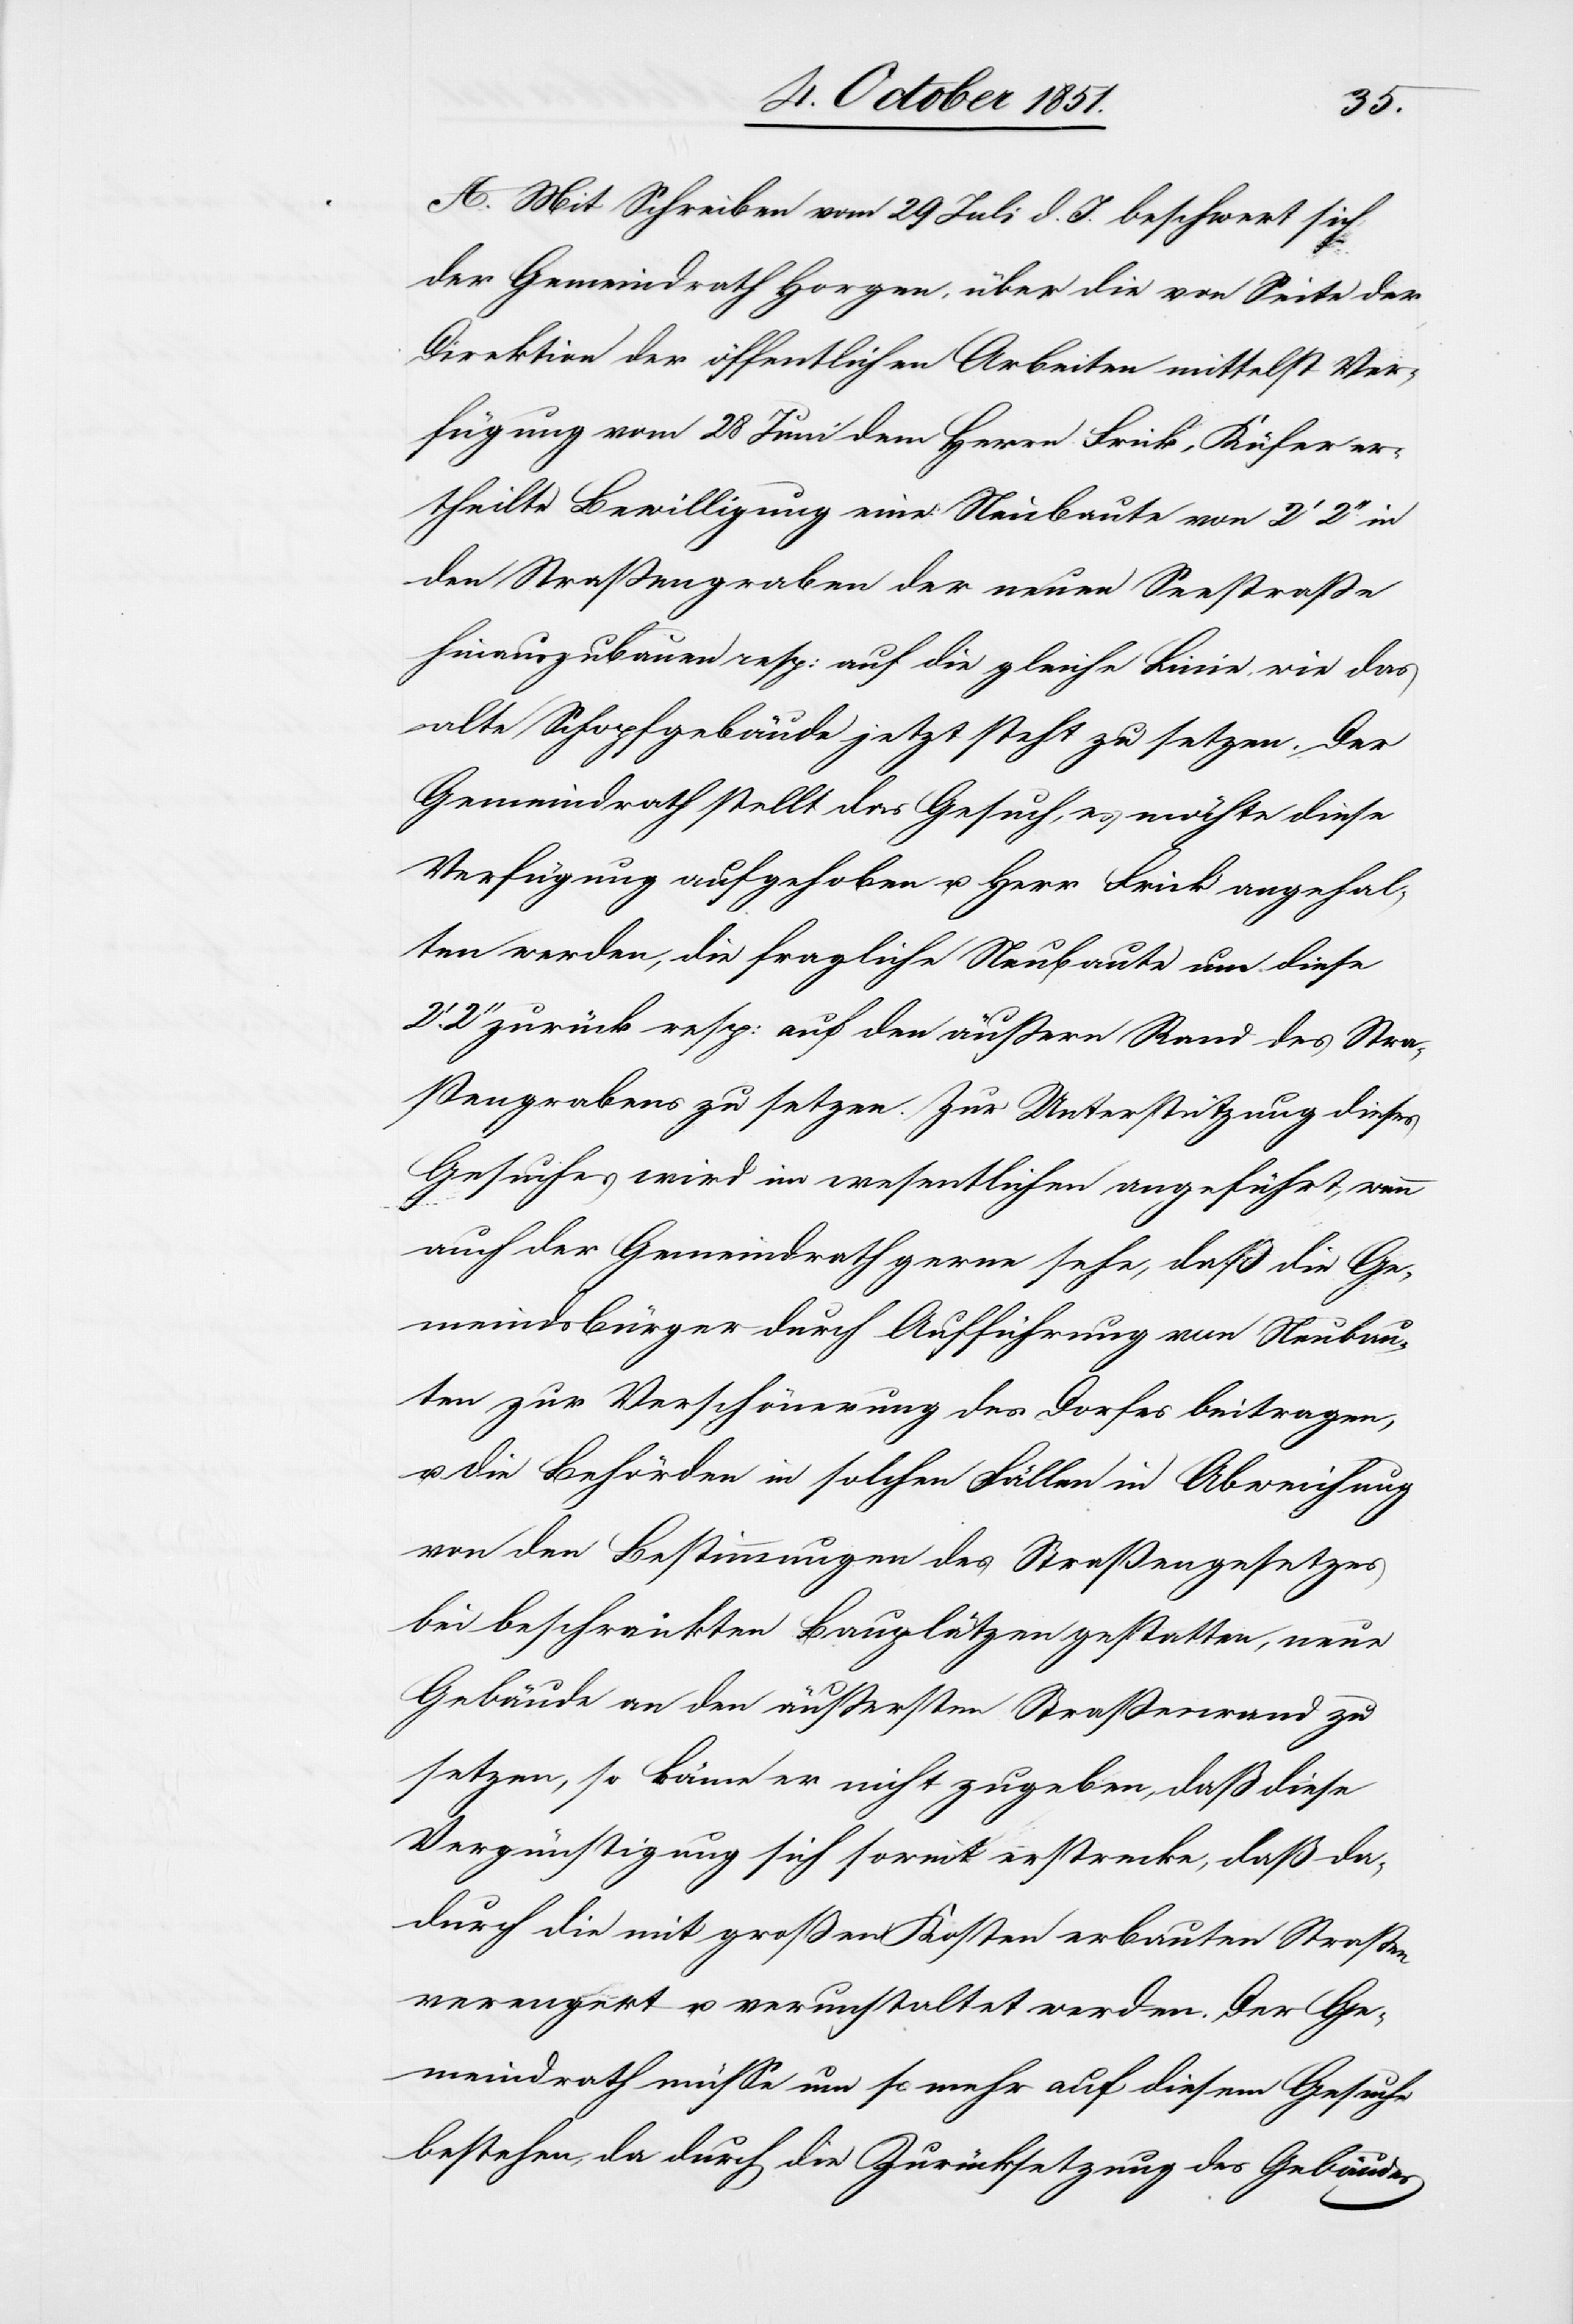
A. Mit Schreiben vom 29 Juli d. J. beschwert sich
der Gemeindrath Horgen, über die von Seite der
Direktion der öffentlichen Arbeiten mittelst Ver¬
fügung vom 28 Juni dem Herrn Frick, Küfer er¬
theilte Bewilligung eine Neubaute von 2‘ 2‘‘ in
den Straßengraben der neuen Seestraße
hinauszubauen resp: auf die gleiche Linie, wie das
alte Schopfgebäude jetzt steht zu setzen. Der
Gemeindrath stellt das Gesuch, es möchte diese
Verfügung aufgehoben u. Herr Frick angehal¬
ten werden, die fragliche Neubaute um diese
2‘‘ zurück resp: auf den äußern Rand des Stra¬
ßengrabens zu setzen. Zur Unterstützung dieses
Gesuches wird im wesentlichen angeführt, wenn
auch der Gemeindrath gerne sehe, daß die Ge¬
meindsbürger durch Aufführung von Neubau¬
ten zur Verschönerung des Dorfes beitragen,
u. die Behörden in solchen Fällen in Abweichung
von den Bestimmungen des Straßengesetzes
bei beschränkten Bauplätzen gestatten, neue
Gebäude an den äußersten Straßenrand zu
setzen, so könne er nicht zugeben, daß diese
Vergünstigung sich soweit erstrecke, daß da¬
durch die mit großen Kosten erbauten Straßen
verengert u. verunstaltet werden. Der Ge¬
meindrath müsse um so mehr auf diesem Gesuche
bestehen, da durch die Zurücksetzung des Gebäudes